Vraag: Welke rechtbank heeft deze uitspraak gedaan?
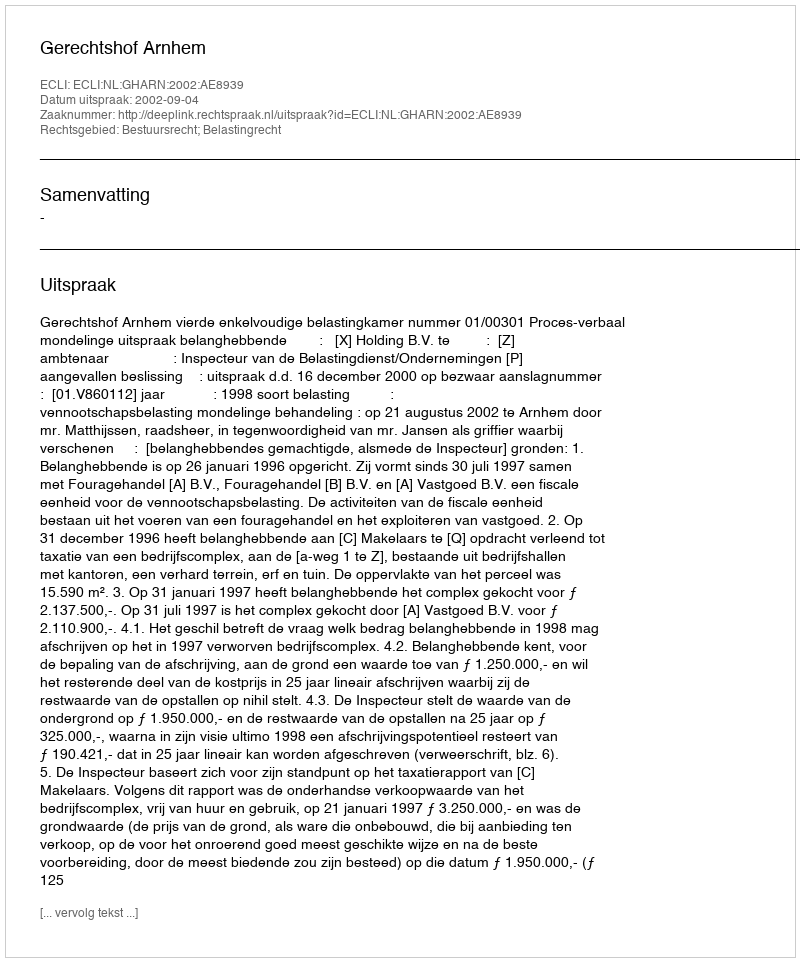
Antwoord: Gerechtshof Arnhem